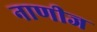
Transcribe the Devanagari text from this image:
नाणीज